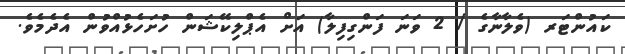
ކައުންޓަރ (ވެލާނާގެ / 2 ވަނަ ފަންގިފިލާ) އަށް އެޕްލިކޭޝަން ހުށަހެޅުއްވުން އެދެމެވެ.